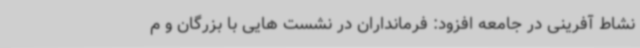
نشاط آفرینی در جامعه افزود: فرمانداران در نشست هایی با بزرگان و م